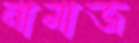
নামাজ